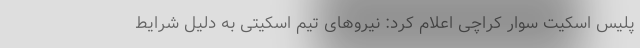
پلیس اسکیت سوار کراچی اعلام کرد: نیروهای تیم اسکیتی به دلیل شرایط